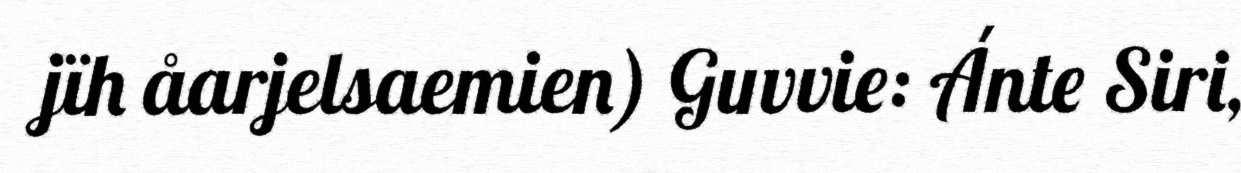
jïh åarjelsaemien) Guvvie: Ánte Siri,